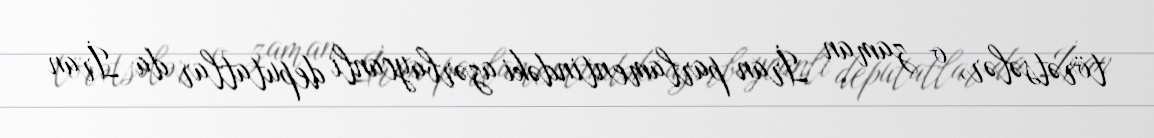
törətsələr, o zaman İran parlamentindəki azərbaycanlı deputatlar da İran